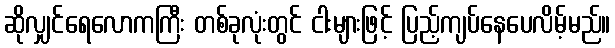
ဆိုလျှင်ရေလောကကြီး တစ်ခုလုံးတွင် ငါးများဖြင့် ပြည့်ကျပ်နေပေလိမ့်မည်။